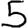
Digit: 5